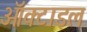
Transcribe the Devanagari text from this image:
ऑक्टाइल